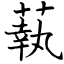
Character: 蓻